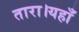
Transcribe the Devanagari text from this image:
तारा।यहाँ